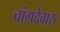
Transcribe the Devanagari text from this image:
चांगदेवास